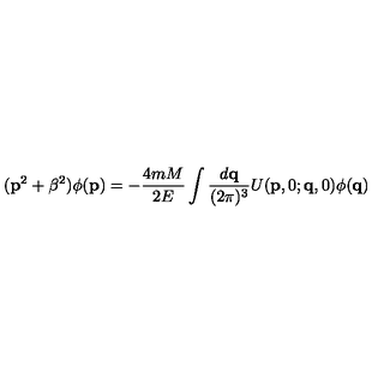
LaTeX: ( { \bf p } ^ { 2 } + \beta ^ { 2 } ) \phi ( { \bf p } ) = - \frac { 4 m M } { 2 E } \int \frac { d { \bf q } } { ( 2 \pi ) ^ { 3 } } U ( { \bf p } , 0 ; { \bf q } , 0 ) \phi ( { \bf q } )